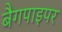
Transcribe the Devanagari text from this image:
बैगपाइपर